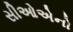
સીઓએનો